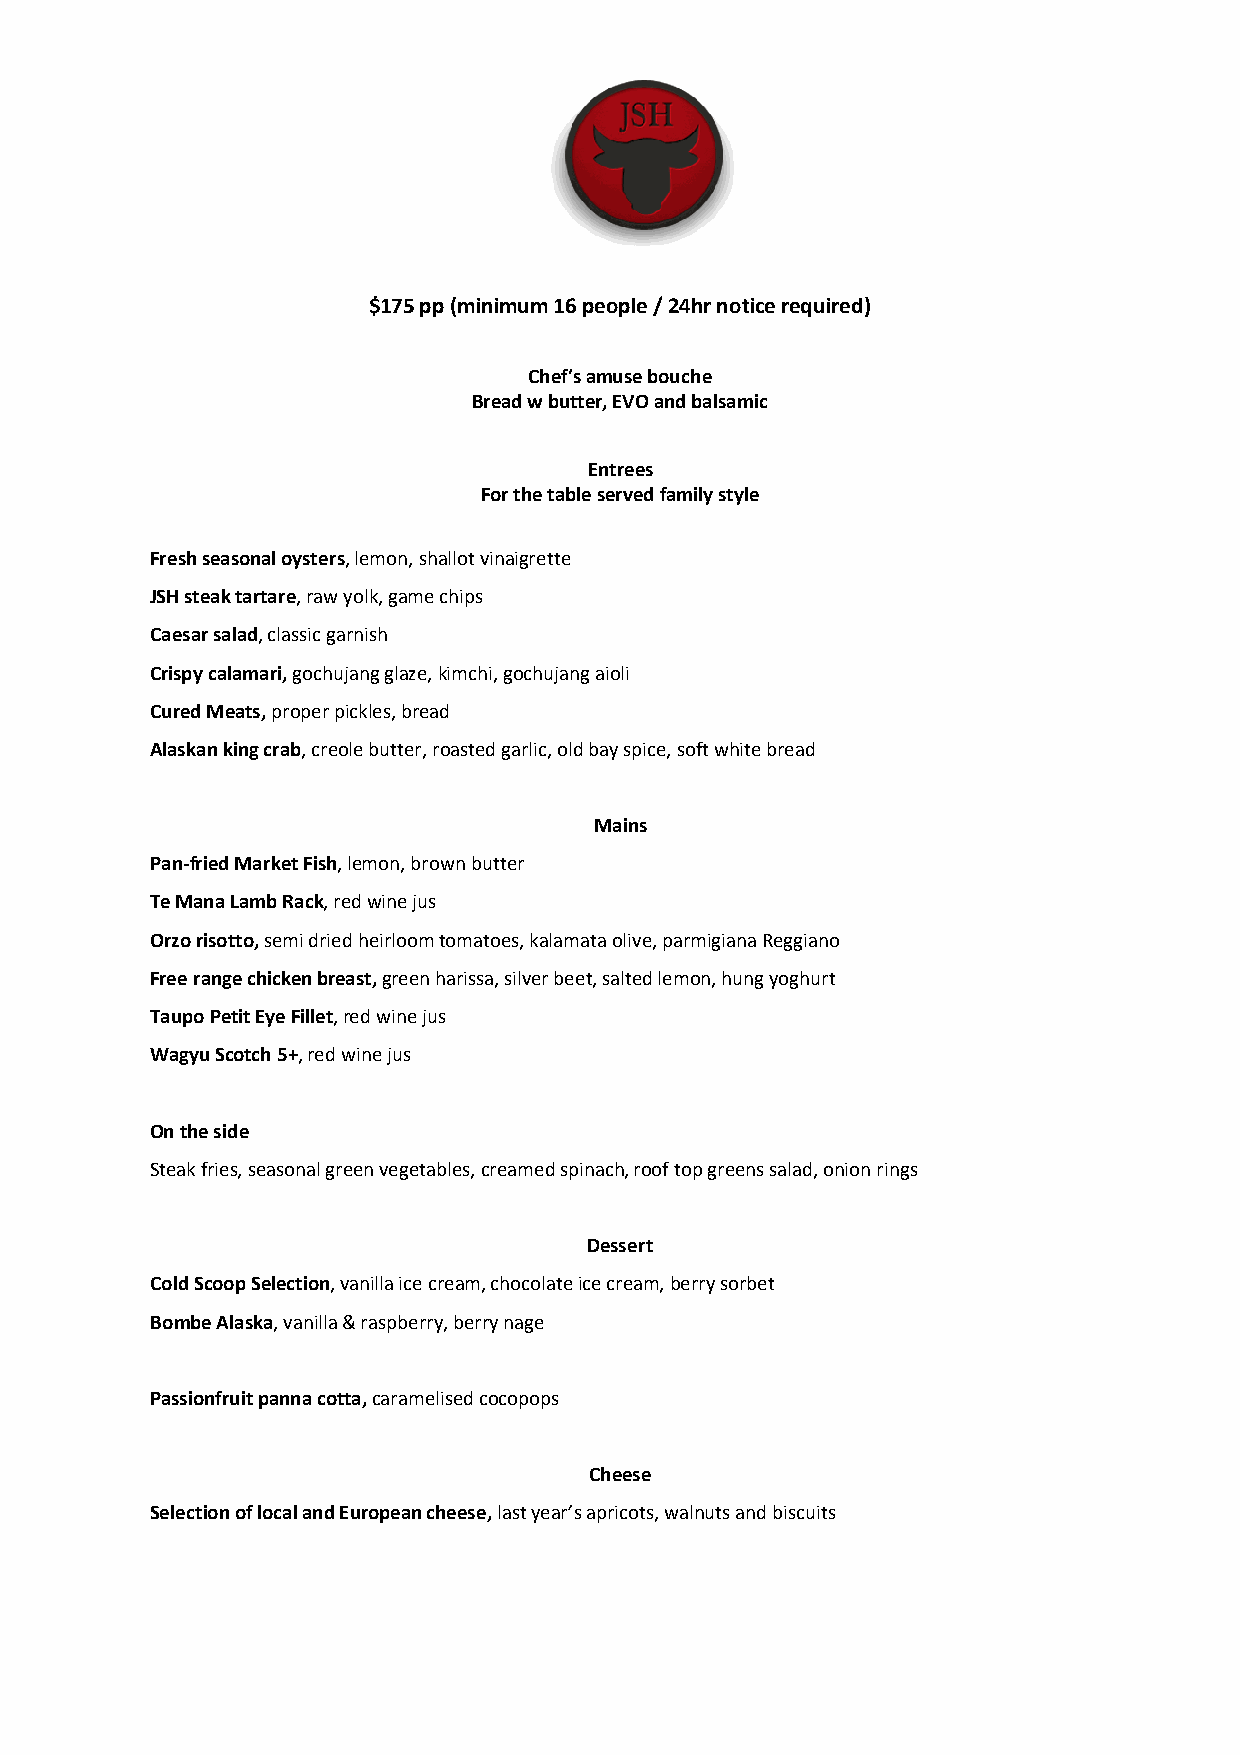
$175 pp (minimum 16 people / 24hr notice required)
 Chef’s amuse bouche
 Bread w butter, EVO and balsamic
 Entrees
 For the table served family style
 Fresh seasonal oysters, lemon, shallot vinaigrette
 JSH steak tartare, raw yolk, game chips
 Caesar salad, classic garnish
 Crispy calamari, gochujang glaze, kimchi, gochujang aioli
 Cured Meats, proper pickles, bread
 Alaskan king crab, creole butter, roasted garlic, old bay spice, soft white bread
 Mains
 Pan-fried Market Fish, lemon, brown butter
 Te Mana Lamb Rack, red wine jus
 Orzo risotto, semi dried heirloom tomatoes, kalamata olive, parmigiana Reggiano
 Free range chicken breast, green harissa, silver beet, salted lemon, hung yoghurt
 Taupo Petit Eye Fillet, red wine jus
 Wagyu Scotch 5+, red wine jus
 On the side
 Steak fries, seasonal green vegetables, creamed spinach, roof top greens salad, onion rings
 Dessert
 Cold Scoop Selection, vanilla ice cream, chocolate ice cream, berry sorbet
 Bombe Alaska, vanilla & raspberry, berry nage
 Passionfruit panna cotta, caramelised cocopops
 Cheese
 Selection of local and European cheese, last year’s apricots, walnuts and biscuits